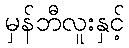
မှန်ဘီလူးနှင့်